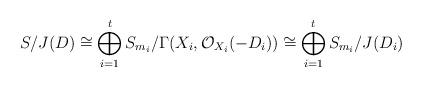
LaTeX: \begin{align*}S/J(D)\cong \bigoplus_{i=1}^t S_{m_i}/\Gamma(X_i,\mathcal O_{X_i}(-D_i))\cong \bigoplus_{i=1}^t S_{m_i}/J(D_i)\end{align*}